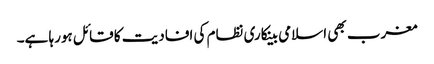
مغرب بھی اسلامی بینکاری نظام کی افادیت کا قائل ہورہا ہے۔